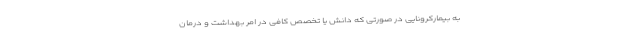
به بیمارکرونایی در صورتی که دانش یا تخصص کافی در امر بهداشت و درمان